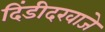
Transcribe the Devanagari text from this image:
दिंडीदरवाजे